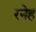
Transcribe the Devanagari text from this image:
रनेह